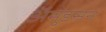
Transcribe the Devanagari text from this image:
अॅमुडसन